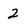
Character: 2